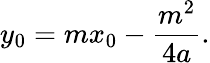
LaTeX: y_{0}=mx_{0}-{\frac{m^{2}}{4a}}.